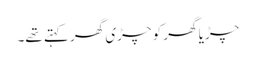
چڑیا گھر کو چڑی گھر کہتے تھے۔